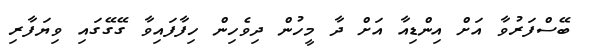
ބޭސްފަރުވާ އަށް އިންޑިއާ އަށް ދާ މީހުން ދިވެހިން ހިފާފައިވާ ގޭގޭގައި ވިޔަފާރި